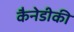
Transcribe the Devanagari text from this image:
कैनेडीकी